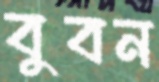
বুবন